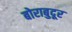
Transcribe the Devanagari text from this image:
बोराबुदूर